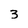
Character: 3